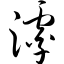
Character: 滹